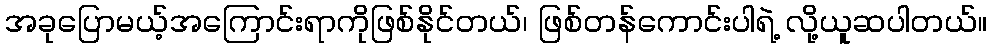
အခုပြောမယ့်အကြောင်းရာကိုဖြစ်နိုင်တယ်၊ ဖြစ်တန်ကောင်းပါရဲ့ လို့ယူဆပါတယ်။